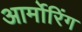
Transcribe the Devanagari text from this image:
आर्मोरिंग